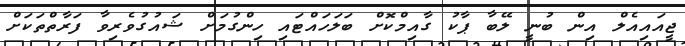
ޖީއައިއެލް އިން ބުނީ ލޭބާ ޕާކު ގާއިމްކޮށް ބަލަހައްޓައި ހިންގުމަށް ޝައުގުވެރިވާ ފަރާތްތަކަށް